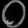
Digit: ၀